Senior Leaving Certificate Examination (including Day School Certificate (Higher) General paper), 1947
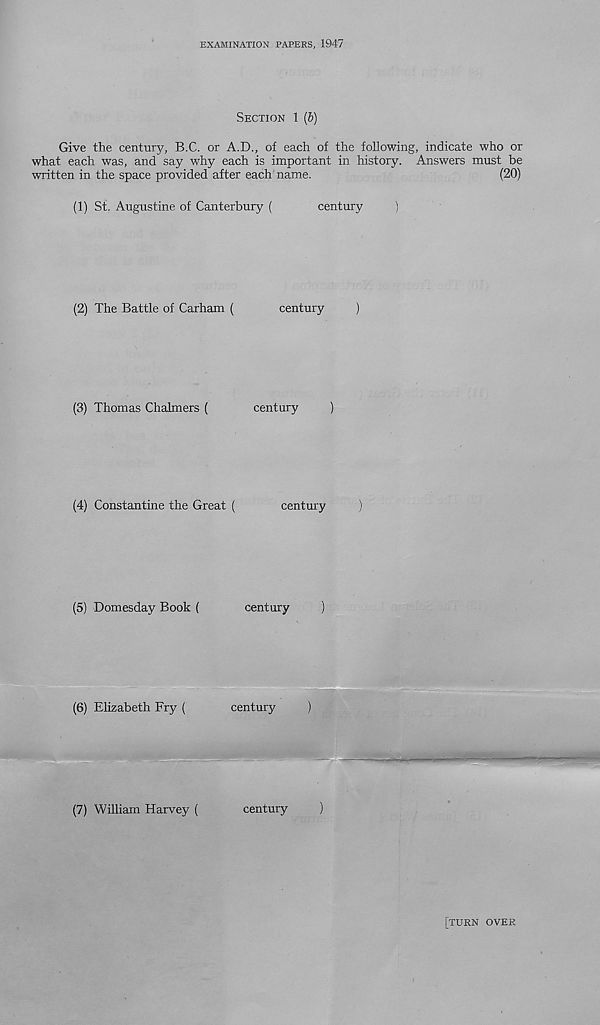
EXAMINATION PAPERS, 1947
SECTION 1 (b)
Give the century, B.C. or A.D., of each of the following, indicate who or
what each was, and say why each is important in history. Answers must be
written in the space provided after each name.
(20)
(1)
St. Augustine of Canterbury (
century
)
(2)
The Battle of Carham (
century
)
(3)
Thomas Chalmers (
century
)
(4)
Constantine the Great (
century
)
(5)
Domesday Book (
century
)
[TURN OVER